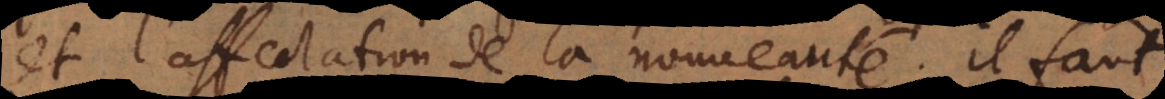
l’affectation de la nouveauté; il faut